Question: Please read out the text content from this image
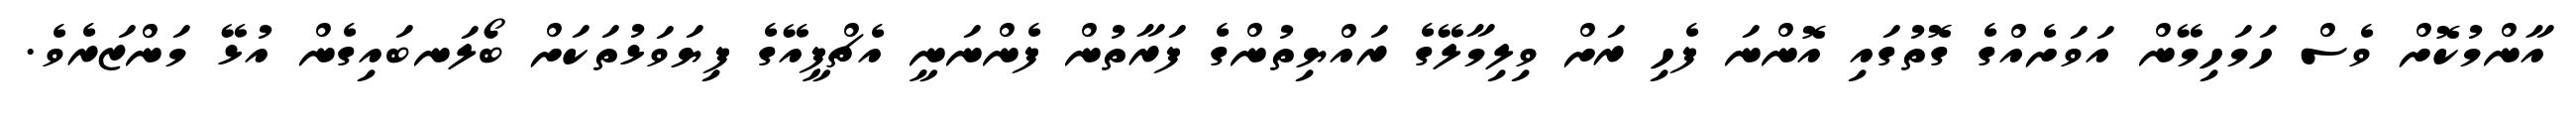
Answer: އާންމުކޮށް ވެސް ހަމަހިމޭން އަވަށެއްގެ ގޮތުގައި އޮންނަ ފެހި ރަށް ވިލިމާލޭގެ ރައްޔިތުންގެ ފަރާތުން ފެންނަނީ އެޗްޕީއޭގެ ފިޔަވަޅުތަކަށް ބޯލަނބައިގެން އުޅޭ މަންޒަރެވެ.